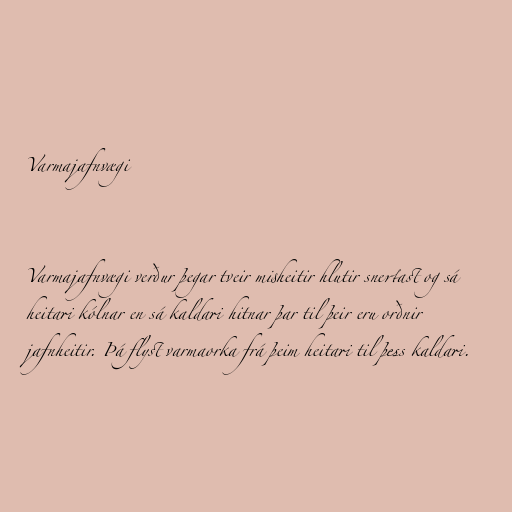
Varmajafnvægi

Varmajafnvægi verður þegar tveir misheitir hlutir snertast og sá
heitari kólnar en sá kaldari hitnar þar til þeir eru orðnir
jafnheitir. Þá flyst varmaorka frá þeim heitari til þess kaldari.